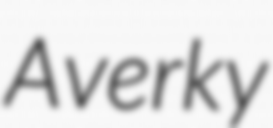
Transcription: Averky